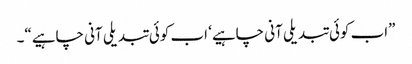
”اب کوئی تبدیلی آنی چاہیے‘ اب کوئی تبدیلی آنی چاہیے“۔